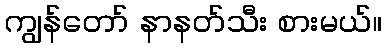
ကျွန်တော် နာနတ်သီး စားမယ်။